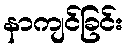
နာကျင်ခြင်း